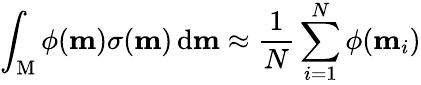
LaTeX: \int_{\mathrm{M}}\phi(\mathbf{m})\sigma(\mathbf{m})\, \mathrm{d}\mathbf{m}\approx\frac{1}{N}\sum_{i=1}^{N}\phi(\mathbf{m}_{i})